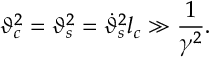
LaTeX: \vartheta _ { c } ^ { 2 } = \vartheta _ { s } ^ { 2 } = \dot { \vartheta } _ { s } ^ { 2 } l _ { c } \gg \frac { 1 } { \gamma ^ { 2 } } .